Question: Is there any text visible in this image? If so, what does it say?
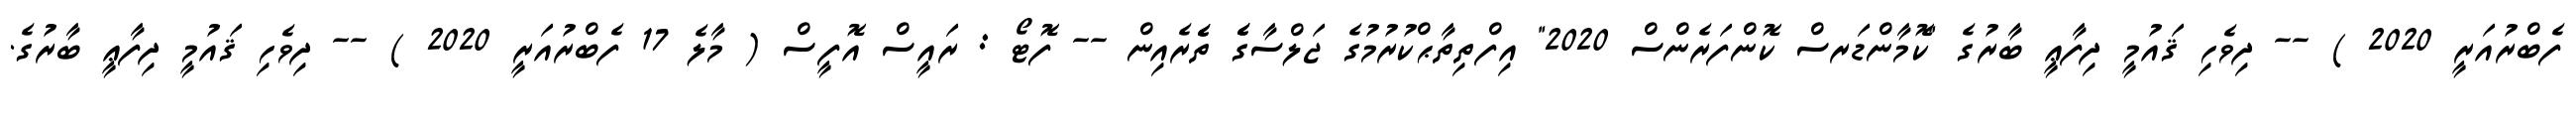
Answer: ފެބްރުއަރީ 2020 ) -- ދިވެހި ޤައުމީ ދިފާޢީ ބާރުގެ "ކޮމާންޑަރސް ކޮންފަރެންސް 2020" އިފްތިތާޙްކުރުމުގެ ޖަލްސާގެެ ތެެރެއިން -- ފޮޓޯ : ރައީސް އޮފީސް ( މާލެ 17 ފެބްރުއަރީ 2020 ) -- ދިވެހި ޤައުމީ ދިފާޢީ ބާރުގެ.